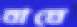
বাঘে